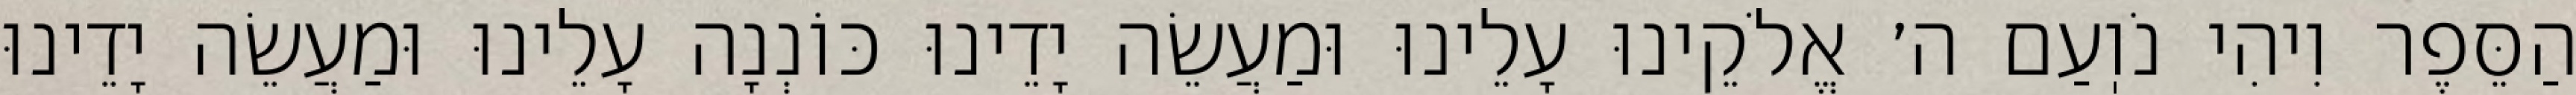
הַסֵּפֶר וִיהִי נֹוֽעַם ה׳ אֱלֹקֵינוּ עָלֵינוּ וּמַעֲשֵׂה יָדֵינוּ כּוֹנְנָה עָלֵינוּ וּמַעֲשֵׂה יָדֵינוּ